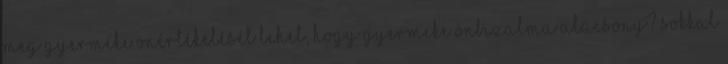
meg gyermeke önértékelését Lehet, hogy gyermeke önbizalma alacsony? Sokkal